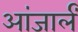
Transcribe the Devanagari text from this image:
आंजार्लं